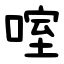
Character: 㗌